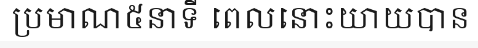
ប្រមាណ៥នាទី ពេលនោះយាយបាន